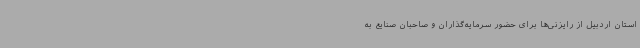
استان اردبیل از رایزنی‌ها برای حضور سرمایه‌گذاران و صاحبان صنایع به